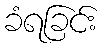
ခံရခြင်း